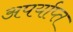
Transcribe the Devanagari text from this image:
अपर्याप्‍त